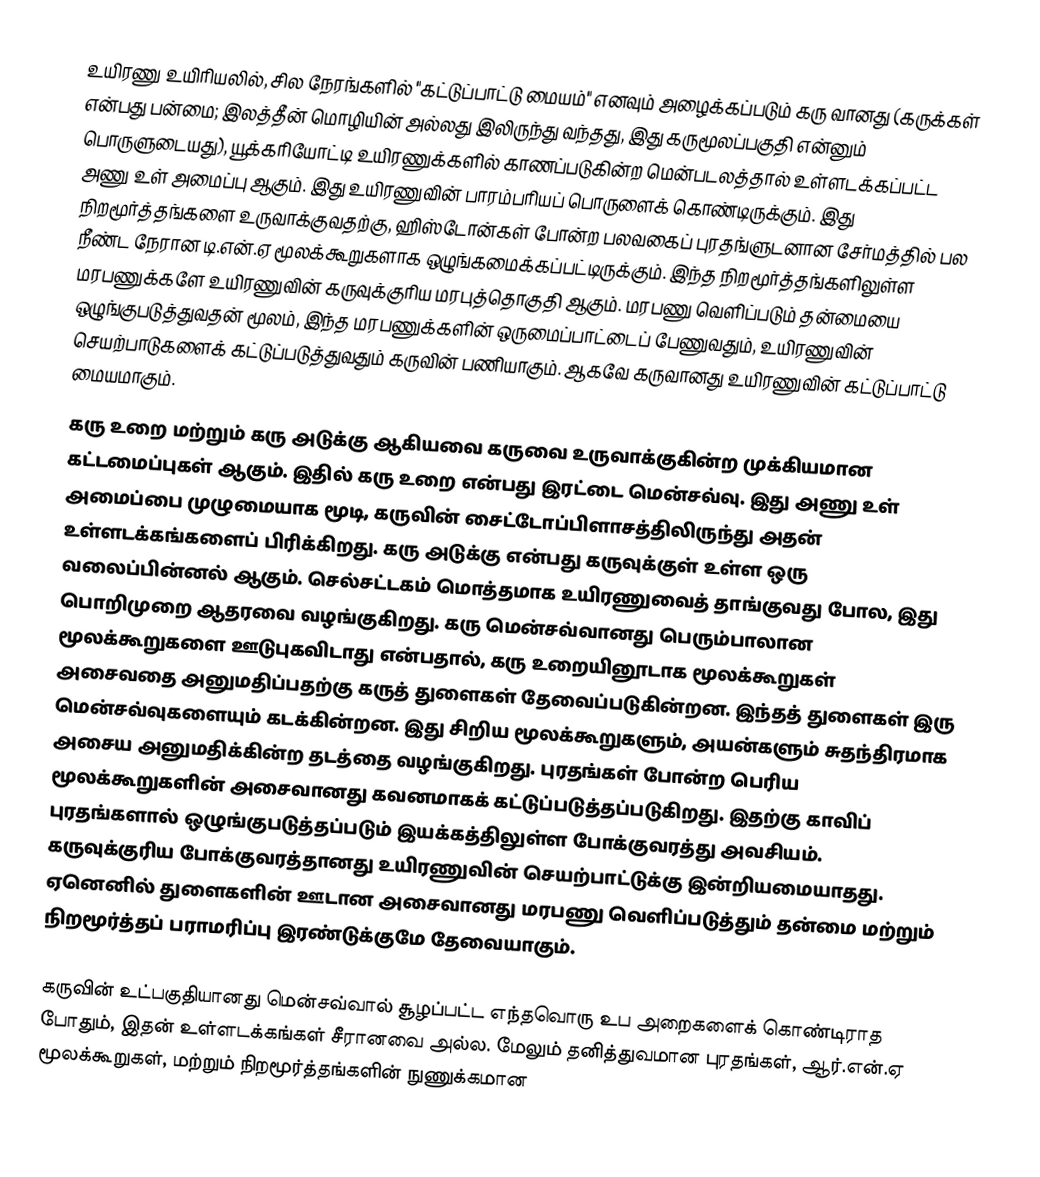
உயிரணு உயிரியலில், சில நேரங்களில் "கட்டுப்பாட்டு மையம்" எனவும் அழைக்கப்படும் கரு வானது (கருக்கள் என்பது பன்மை; இலத்தீன் மொழியின்  அல்லது  இலிருந்து வந்தது, இது கருமூலப்பகுதி என்னும் பொருளுடையது), யூக்கரியோட்டி உயிரணுக்களில் காணப்படுகின்ற மென்படலத்தால் உள்ளடக்கப்பட்ட அணு உள் அமைப்பு ஆகும். இது உயிரணுவின் பாரம்பரியப் பொருளைக் கொண்டிருக்கும். இது நிறமூர்த்தங்களை உருவாக்குவதற்கு, ஹிஸ்டோன்கள் போன்ற பலவகைப் புரதங்ளுடனான சேர்மத்தில் பல நீண்ட நேரான டி.என்.ஏ மூலக்கூறுகளாக ஒழுங்கமைக்கப்பட்டிருக்கும். இந்த நிறமூர்த்தங்களிலுள்ள மரபணுக்களே உயிரணுவின் கருவுக்குரிய மரபுத்தொகுதி ஆகும். மரபணு வெளிப்படும் தன்மையை ஒழுங்குபடுத்துவதன் மூலம், இந்த மரபணுக்களின் ஒருமைப்பாட்டைப் பேணுவதும், உயிரணுவின் செயற்பாடுகளைக் கட்டுப்படுத்துவதும் கருவின் பணியாகும். ஆகவே கருவானது உயிரணுவின் கட்டுப்பாட்டு மையமாகும்.
கரு உறை மற்றும் கரு அடுக்கு ஆகியவை கருவை உருவாக்குகின்ற முக்கியமான கட்டமைப்புகள்  ஆகும். இதில் கரு உறை என்பது இரட்டை மென்சவ்வு. இது அணு உள் அமைப்பை முழுமையாக மூடி, கருவின் சைட்டோப்பிளாசத்திலிருந்து அதன் உள்ளடக்கங்களைப் பிரிக்கிறது. கரு அடுக்கு என்பது கருவுக்குள் உள்ள ஒரு வலைப்பின்னல் ஆகும். செல்சட்டகம் மொத்தமாக உயிரணுவைத் தாங்குவது போல, இது பொறிமுறை ஆதரவை வழங்குகிறது. கரு மென்சவ்வானது பெரும்பாலான மூலக்கூறுகளை ஊடுபுகவிடாது என்பதால், கரு உறையினூடாக மூலக்கூறுகள் அசைவதை அனுமதிப்பதற்கு கருத் துளைகள் தேவைப்படுகின்றன. இந்தத் துளைகள் இரு மென்சவ்வுகளையும் கடக்கின்றன. இது சிறிய மூலக்கூறுகளும், அயன்களும் சுதந்திரமாக அசைய அனுமதிக்கின்ற தடத்தை வழங்குகிறது. புரதங்கள் போன்ற பெரிய மூலக்கூறுகளின் அசைவானது கவனமாகக் கட்டுப்படுத்தப்படுகிறது. இதற்கு காவிப் புரதங்களால் ஒழுங்குபடுத்தப்படும் இயக்கத்திலுள்ள போக்குவரத்து அவசியம். கருவுக்குரிய போக்குவரத்தானது உயிரணுவின் செயற்பாட்டுக்கு இன்றியமையாதது. ஏனெனில் துளைகளின் ஊடான அசைவானது மரபணு வெளிப்படுத்தும் தன்மை மற்றும் நிறமூர்த்தப் பராமரிப்பு இரண்டுக்குமே தேவையாகும்.

கருவின் உட்பகுதியானது மென்சவ்வால் சூழப்பட்ட எந்தவொரு உப அறைகளைக் கொண்டிராத போதும், இதன் உள்ளடக்கங்கள் சீரானவை அல்ல. மேலும் தனித்துவமான புரதங்கள், ஆர்.என்.ஏ மூலக்கூறுகள், மற்றும் நிறமூர்த்தங்களின் நுணுக்கமான